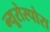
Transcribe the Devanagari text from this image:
न्यूरोस्पोरा